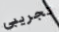
تجريبي